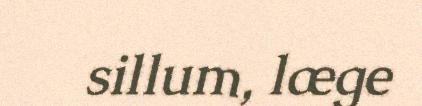
sillum, læge